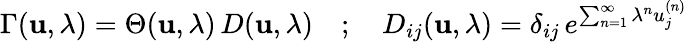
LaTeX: \Gamma({\mathbf u},\lambda)=\Theta({\mathbf u},\lambda)\, D({\mathbf u},\lambda)\quad;\quad D_{ij}({\mathbf u},\lambda)=\delta_{ij}\, e^{\sum_{n=1}^{\infty}\lambda^{n}u_{j}^{(n)}}